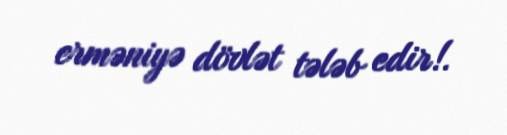
erməniyə dövlət tələb edir!.